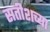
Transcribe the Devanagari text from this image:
सतीशच्या